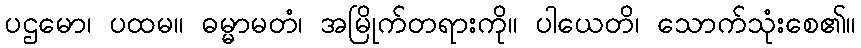
ပဌမော၊ ပထမ။ ဓမ္မာမတံ၊ အမြိုက်တရားကို။ ပါယေတိ၊ သောက်သုံးစေ၏။